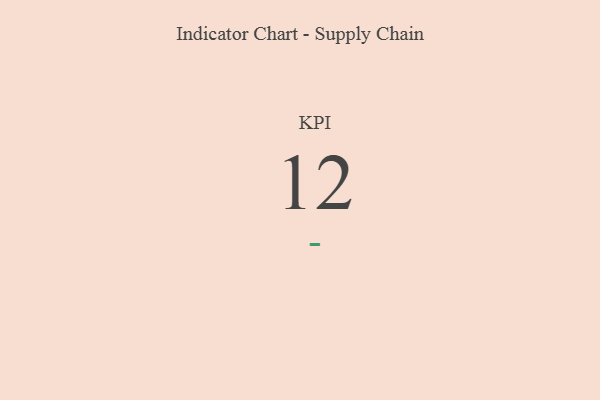
{"axis": {"x": "KPI", "y": "Value"}, "legend": [""], "data": [{"x": "KPI", "y": 12, "type": ""}]}